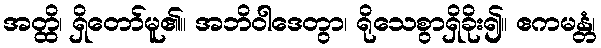
အတ္ထိ၊ ရှိတော်မူ၏။ အဘိဝါဒေတွာ၊ ရိုသေစွာရှိခိုး၍။ ဧကမန္တံ၊